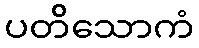
ပတိသောကံ